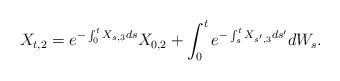
LaTeX: \begin{align*}X_{t,2} = e^{-\int_0^t X_{s,3}ds}X_{0,2} + \int_0^t e^{-\int_s^t X_{s',3}ds'}dW_s.\end{align*}